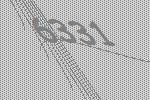
6331